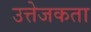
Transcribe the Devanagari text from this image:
उत्तेजकता